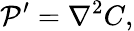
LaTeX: {\cal P}^{\prime}={\nabla^{2}}C,